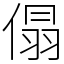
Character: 傝